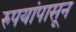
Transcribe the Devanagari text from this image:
रुपयांपासून